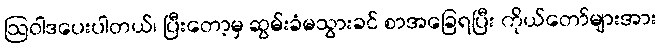
ဩဝါဒပေးပါတယ်၊ ပြီးတော့မှ ဆွမ်းခံမသွားခင် စာအခြေရပြီး ကိုယ်တော်များအား